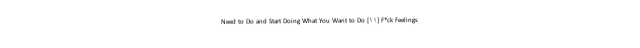
Need to Do and Start Doing What You Want to Do [۱۱] F*ck Feelings